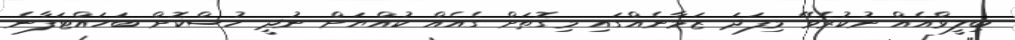
ބިލީވްއެއް ނުކުރެވޭ މިފަދަ ޒަމާނެއްގައި މިގޮތަށް ގެއެއް ކުއްޔަށް ނުދީ ހުސްކޮށް ބަހައްޓަފާނެ